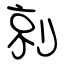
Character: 剠